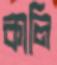
কালি